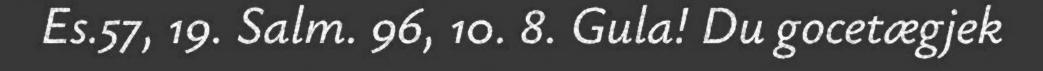
Es.57, 19. Salm. 96, 10. 8. Gula! Du gocetægjek